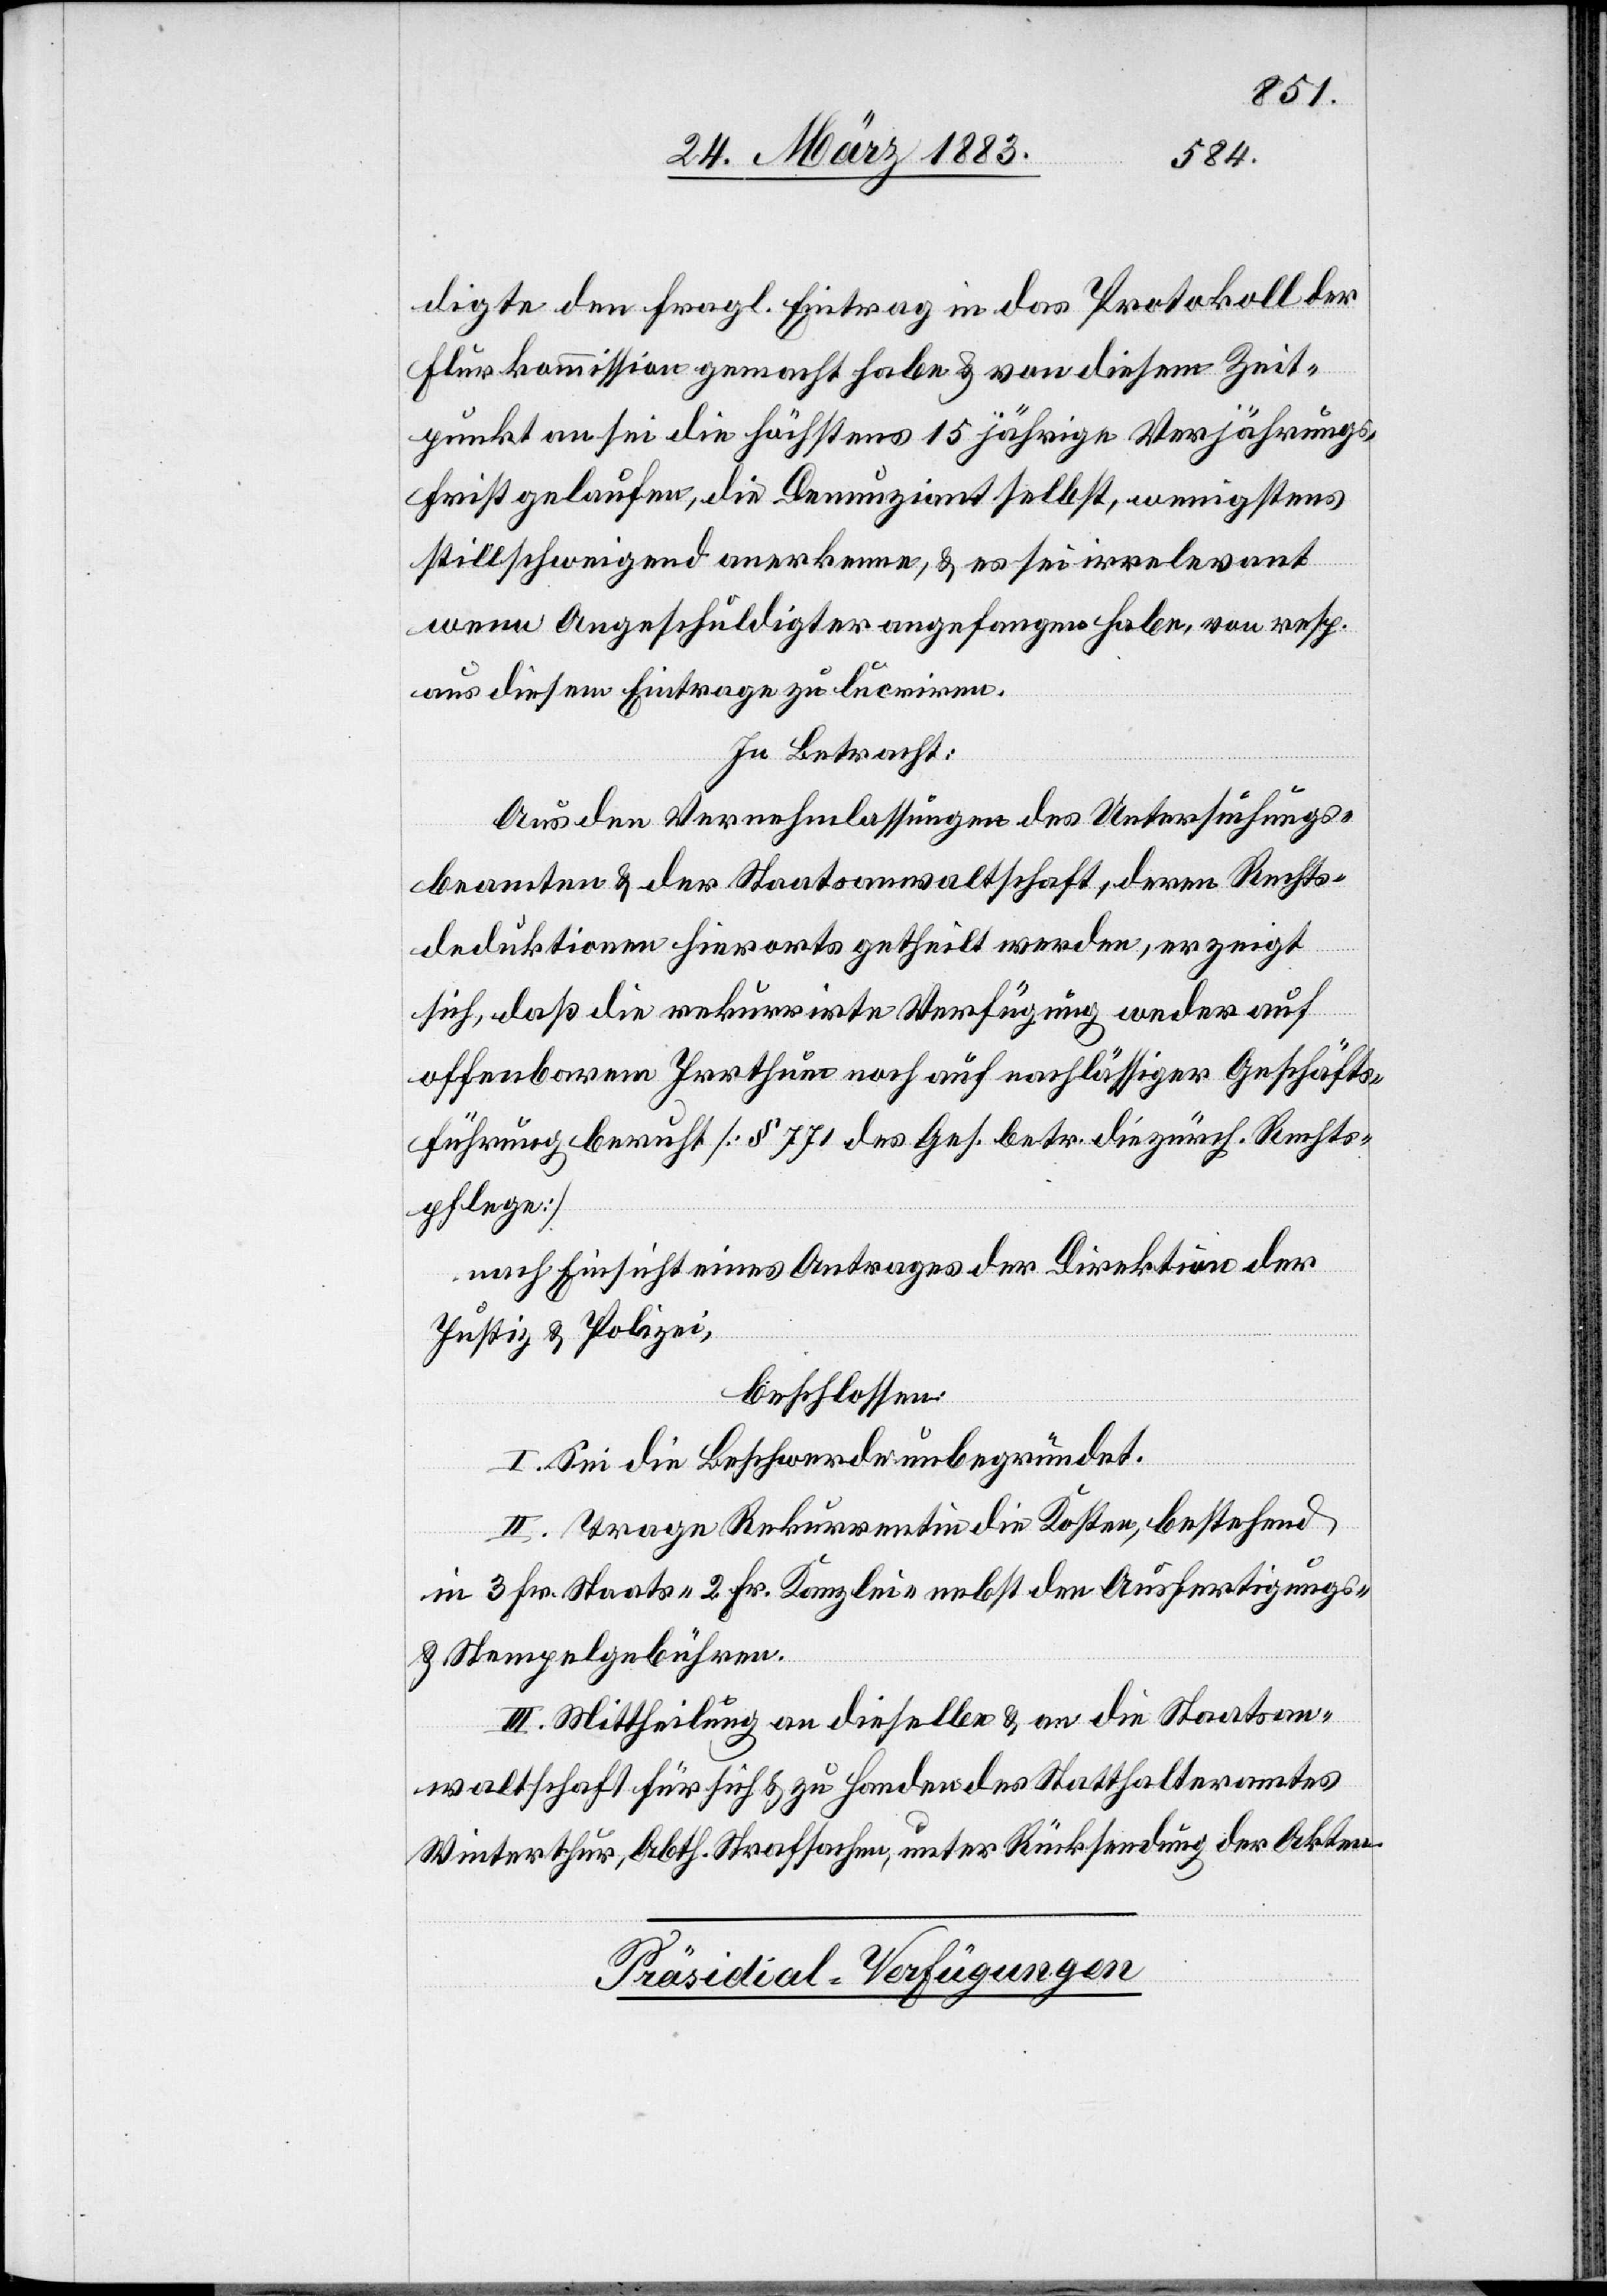
digte den fragl. Eintrag in das Protokoll der
Flurkommission gemacht habe & von diesem Zeit¬
punkt an sei die höchstens 15jährige Verjährungs¬
frist gelaufen, die Denunziant selbst, wenigstens
stillschweigend anerkenne, & es sei irrelevant
wenn Angeschuldigter angefangen habe, von resp.
aus diesem Eintrage zu lucriren.
In Betracht:
Aus den Vernehmlassungen des Untersuchungs¬
beamten & der Staatsanwaltschaft, deren Rechts¬
deduktionen hierorts getheilt werden, erzeigt
sich, daß die rekurrirte Verfügung weder auf
offenbarem Irrthum noch auf nachlässiger Geschäfts¬
führung beruht [§ 771 des Ges. betr. die zürch. Rechts¬
pflege]
nach Einsicht eines Antrages der Direktion der
Justiz & Polizei,
beschlossen:
I. Sei die Beschwerde unbegründet.
II. Trage Rekurrentin die Kosten, bestehend
in 3 Fr. Staats- 2 Fr. Kanzlei- nebst den Ausfertigungs-
& Stempelgebühren.
III. Mittheilung an dieselbe & an die Staatsan¬
waltschaft für sich & zu Handen des Statthalteramtes
Winterthur, Abth. Strafsachen, unter Rücksendung der Akten.